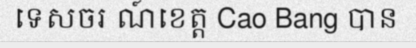
ទេសចរ ណ៍ខេត្ត Cao Bang បាន